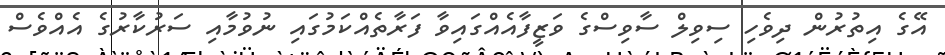
އޭގެ އިތުރުން ދިވެހި ސިވިލް ސާވިސްގެ ވަޒީފާއެއްގައިވާ ފަރާތެއްކަމުގައި ނުވުމާއި ސަރުކާރުގެ އެއްވެސް